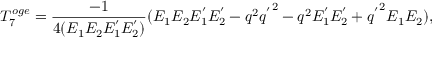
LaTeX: T _ { 7 } ^ { o g e } = { \frac { - 1 } { 4 ( E _ { 1 } E _ { 2 } E _ { 1 } ^ { ' } E _ { 2 } ^ { ' } ) } } ( E _ { 1 } E _ { 2 } E _ { 1 } ^ { ' } E _ { 2 } ^ { ' } - q ^ { 2 } { q ^ { ' } } ^ { 2 } - q ^ { 2 } E _ { 1 } ^ { ' } E _ { 2 } ^ { ' } + { q ^ { ' } } ^ { 2 } E _ { 1 } E _ { 2 } ) ,